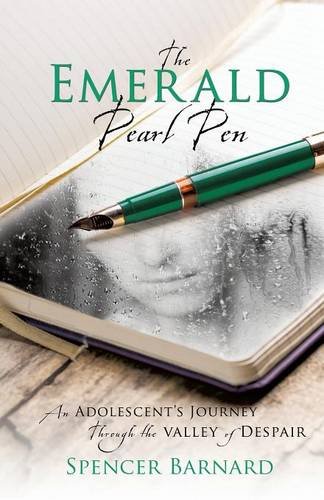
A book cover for The Emerald Pearl Pen; Spencer Barnard; Parenting & Relationships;